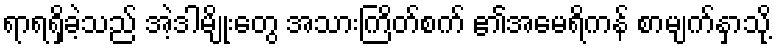
ရာရရှိခဲ့သည် အဲ့ဒါမျိုးတွေ အသားကြိတ်စက် ၏အမေရိကန် စာမျက်နှာသို့